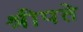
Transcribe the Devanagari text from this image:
श्रीपते